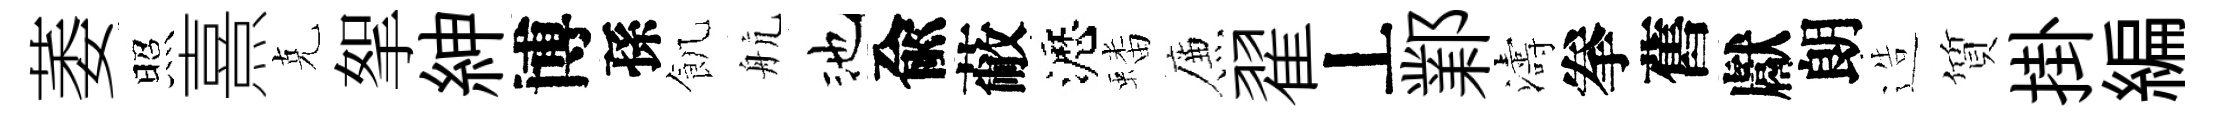
萎照熹克挐紳博孫飢航池兪蔽瀝蟠簾翟丄鄴濤拳舊獻朗造質掛編